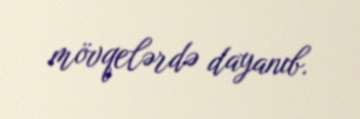
mövqelərdə dayanıb.